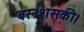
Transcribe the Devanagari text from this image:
बरूशसकी।